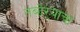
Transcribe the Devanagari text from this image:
तंबोऱ्याचा